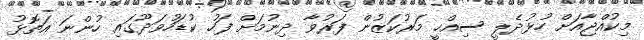
މިކުއްޖާއަށް ހުޅުދެލީ ސިއްހީ މަރުކަޒުން ފަރުވާ ދިނުމަށް ފަހު ކުޑަހުވަދޫގައި ހުންނަ އަތޮޅު